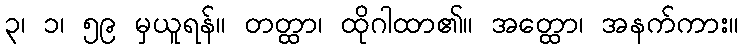
၃၊ ၁၊ ၅၉ မှယူရန်။ တတ္ထာ၊ ထိုဂါထာ၏။ အတ္ထော၊ အနက်ကား။